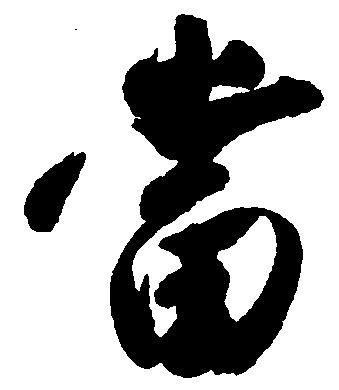
当